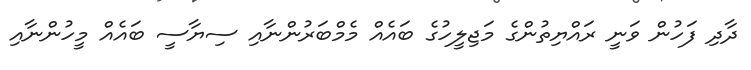
ދާދި ފަހުން ވަނީ ރައްޔިތުންގެ މަޖިލީހުގެ ބައެއް މެމްބަރުންނާއި ސިޔާސީ ބައެއް މީހުންނާއި